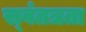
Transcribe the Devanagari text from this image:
स्‍वंतत्रता